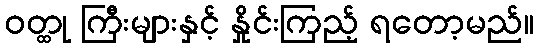
ဝတ္ထု ကြီးများနှင့် နှိုင်းကြည့် ရတော့မည်။